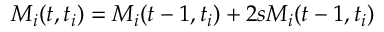
M _ { i } ( t , t _ { i } ) = M _ { i } ( t - 1 , t _ { i } ) + 2 s M _ { i } ( t - 1 , t _ { i } )